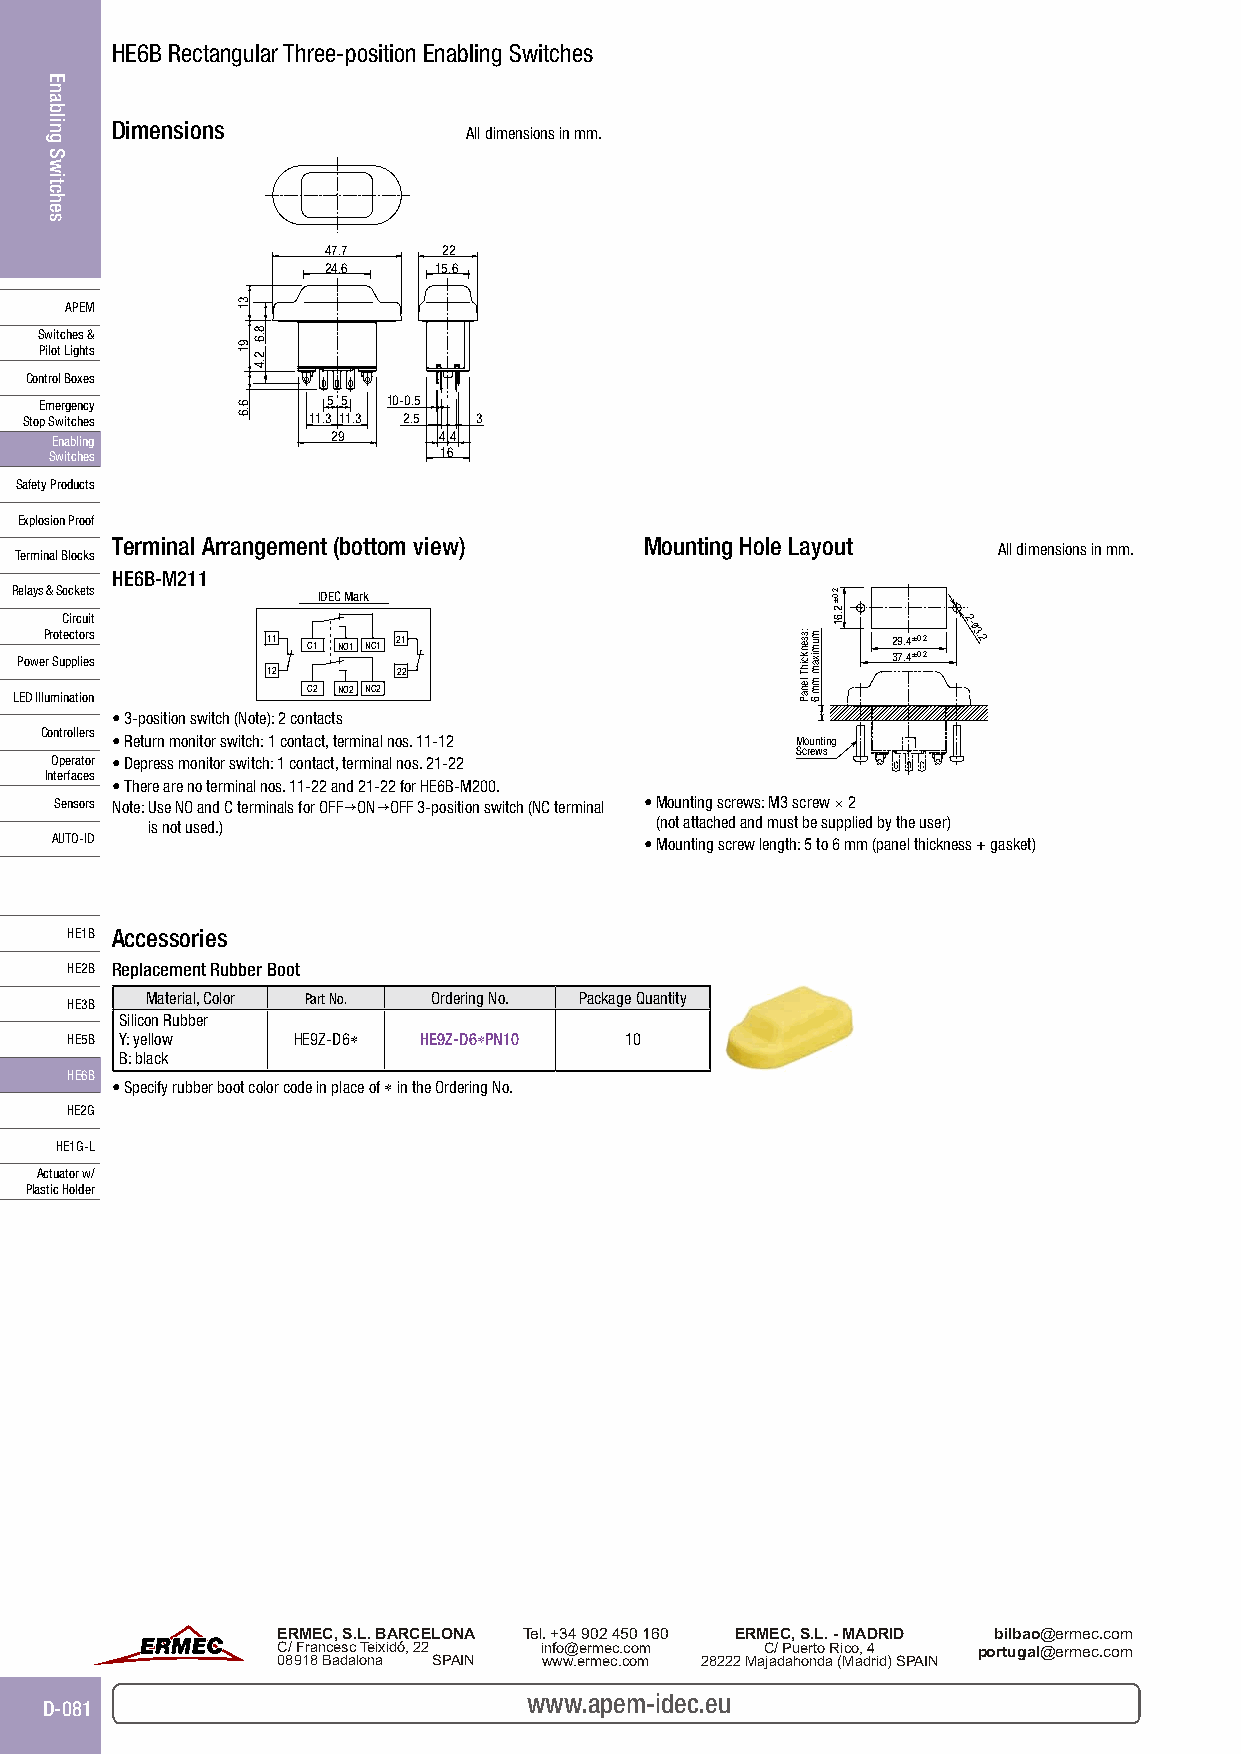
HE6B Rectangular Three-position Enabling Switches
 Dimensions
 All dimensions in mm.
 47.7    22
 24.6    15.6
 APEM
 Switches &
 Pilot Lights
 Control Boxes
 Emergency          5 5 10-0.5
 Stop Switches     11.3 11.3 2.5 3
 Enabling           29     44
 Switches                  16
 Safety Products
 Explosion Proof
 Terminal Arrangement (bottom view)  Mounting Hole Layout
 All dimensions in mm.
 Terminal Blocks
 HE6B-M211
 Relays & Sockets    IDEC Mark
 ProtC ei cr tc ou ri st
 11 C1 NO1 NC1 21                         29.4±0.2
 2-ø3.2
 Power Supplies                                            37.4±0.2
 12      22
 LED Illumination   C2 NO2 NC2
 • 3-position switch (Note): 2 contacts
 Controllers
 • Return monitor switch: 1 contact, terminal nos. 11-12 Mounting
 Screws
 Operator • Depress monitor switch: 1 contact, terminal nos. 21-22
 Interfaces
 • There are no terminal nos. 11-22 and 21-22 for HE6B-M200.
 Sensors Note: Use NO and C terminals for OFF→ON→OFF 3-position switch (NC terminal • Mounting screws: M3 screw × 2
 is not used.)                    (not attached and must be supplied by the user)
 AUTO-ID                                 • Mounting screw length: 5 to 6 mm (panel thickness + gasket)
 HE1B Accessories
 HE2B Replacement Rubber Boot
 HE3B  Material, Color Part No. Ordering No. Package Quantity
 Silicon Rubber
 HE5B Y: yellow HE9Z-D6∗ HE9Z-D6∗PN10 10
 B: black
 HE6B
 • Specify rubber boot color code in place of ∗ in the Ordering No.
 HE2G
 HE1G-L
 Actuator w/
 Plastic Holder
 www.apem-idec.eu
 D-081
 Enabling
 Switches
 31
 91
 6.6
 8.6
 2.4
 :ssenkcihT
 lenaP
 mumixam
 mm 6
 2.0±2.61